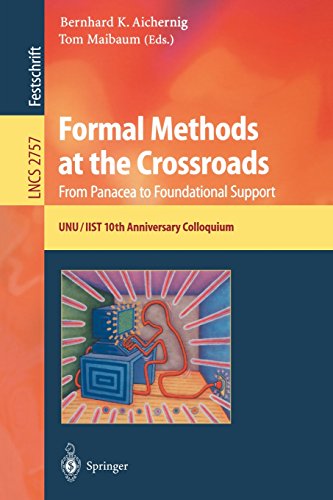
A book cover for Formal Methods at the Crossroads. From Panacea to Foundational Support: 10th Anniversary Colloquium of UNU/IIST, the International Institute for ... Papers (Lecture Notes in Computer Science); Computers & Technology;